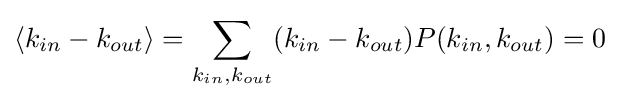
\langle {k_{in}-k_{out}}\rangle =\sum _{k_{in},k_{out}}\displaystyle (k_{in}-k_{out})P({k_{in},k_{out}})=0